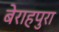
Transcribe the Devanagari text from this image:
बेराहपुरा